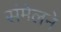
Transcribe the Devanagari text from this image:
संंमेलने